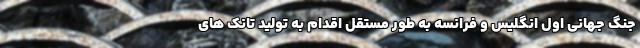
جنگ جهانی اول انگلیس و فرانسه به طور مستقل اقدام به تولید تانک های